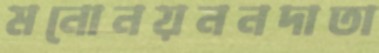
মনোনয়ননদাতা